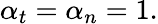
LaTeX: \alpha_{t}=\alpha_{n}=1.